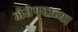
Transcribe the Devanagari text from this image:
जेतेपदाच्या